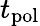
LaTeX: t_{\mathrm{pol}}